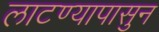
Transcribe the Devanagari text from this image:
लाटण्यापासुन